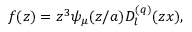
f ( z ) = z ^ { 3 } \psi _ { \mu } ( z / a ) D _ { l } ^ { ( q ) } ( z x ) ,